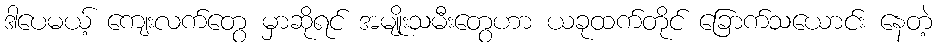
ဒါပေမယ့် ကျေးလက်တွေ မှာဆိုရင် အမျိုးသမီးတွေဟာ ယခုထက်တိုင် ခြောက်သယောင်း နေတဲ့